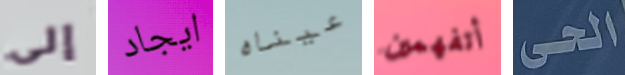
إلى ايجاد عيناه أتفهمين الحى